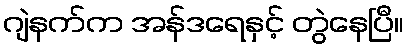
ဂျဲနက်က အန်ဒရေနှင့် တွဲနေပြီ။